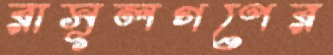
রাসূলগণের